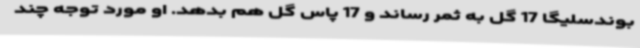
بوندسلیگا 17 گل به ثمر رساند و 17 پاس گل هم بدهد. او مورد توجه چند